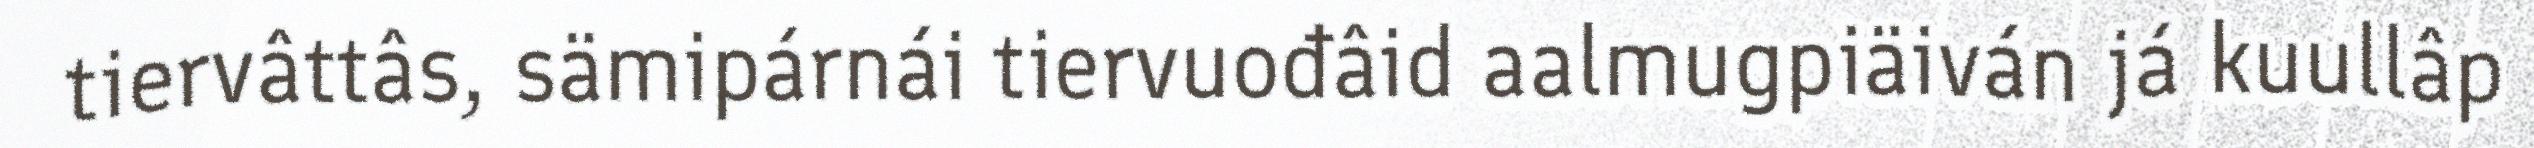
tiervâttâs, sämipárnái tiervuođâid aalmugpiäiván já kuullâp